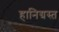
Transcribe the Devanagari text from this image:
हानिग्रस्त